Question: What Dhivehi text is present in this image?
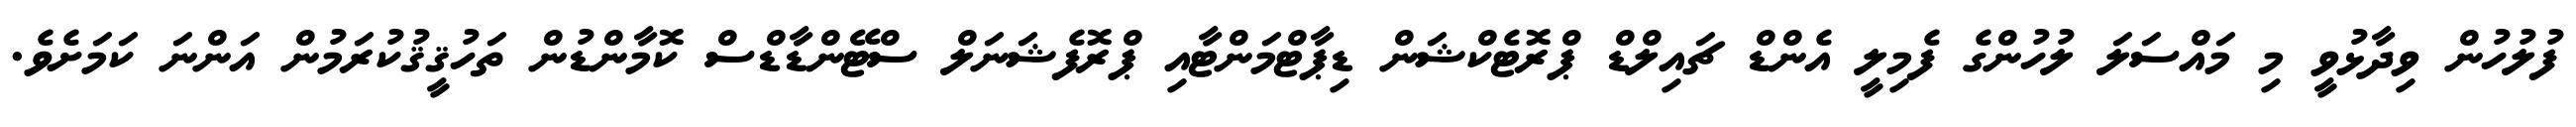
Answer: ފުލުހުން ވިދާޅުވީ މި މައްސަލަ ލުހުންގެ ފެމިލީ އެންޑް ޗައިލްޑް ޕްރޮޓެކްޝަން ޑިޕާޓްމަންޓާއި ޕްރޮފެޝަނަލް ސްޓޭންޑާޑްސް ކޮމާންޑުން ތަހުޤީޤުކުރަމުން އަންނަ ކަމަށެވެ.